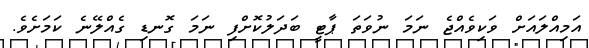
އަމިއްލައަށް ވަކިވެއްޖެ ނަމަ ނުވަތަ ޕާޓީ ބަދަލުކޮށްފި ނަމަ ގޮނޑި ގެއްލޭނެ ކަމަށެވެ.